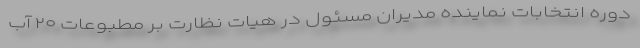
دوره انتخابات نماینده مدیران مسئول در هیات نظارت بر مطبوعات ۲۰ آب